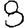
Digit: 8